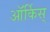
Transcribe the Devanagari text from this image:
ऑर्किस्